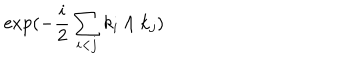
\exp ( - \frac { i } { 2 } \sum _ { i < j } k _ { i } \wedge k _ { j } )